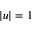
| u | = 1